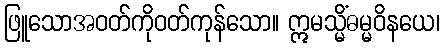
ဖြူသောအဝတ်ကိုဝတ်ကုန်သော။ ဣမသ္မိံဓမ္မဝိနယေ၊